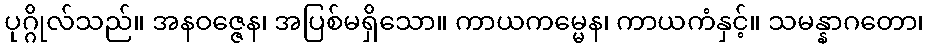
ပုဂ္ဂိုလ်သည်။ အနဝဇ္ဇေန၊ အပြစ်မရှိသော။ ကာယကမ္မေန၊ ကာယကံနှင့်။ သမန္နာဂတော၊